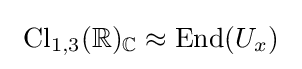
\ \mathrm {Cl} _{1,3}(\mathbb {R} )_{\mathbb {C} }\approx \operatorname {End} (U_{x})~